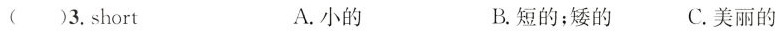
( )3.short A.小的 B.短的；矮的 C.美丽的